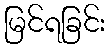
မြင်ရခြင်း